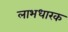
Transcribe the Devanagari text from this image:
लाभधारक